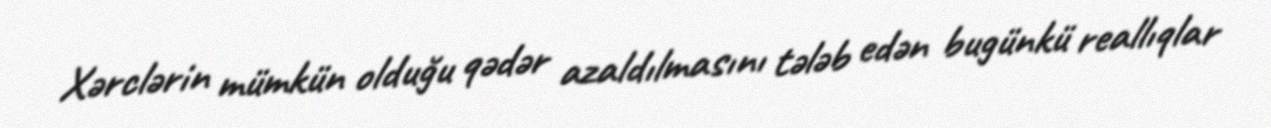
Xərclərin mümkün olduğu qədər azaldılmasını tələb edən bugünkü reallıqlar